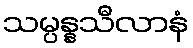
သမ္ပန္နသီလာနံ